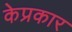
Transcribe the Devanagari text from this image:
केप्रकार